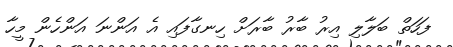
ފަހަތް ބަލާލި އިރު ބާރު ބާރަށް ހިނގާފައި އެ އަންނަ އަންހެން މީހާ